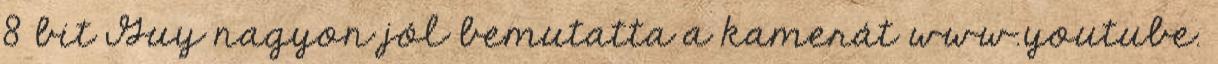
8 bit Guy nagyon jól bemutatta a kamerát www.youtube.